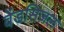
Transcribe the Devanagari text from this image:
वेंडसिज़ल